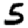
Digit: 5